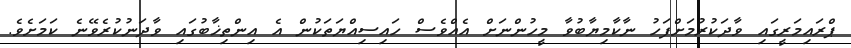
ޕްރައިމަރީގައި ވާދަކުރުމަށްފަހު ނާކާމިޔާބުވާ މީހުންނަށް އެއްވެސް ހައިިސިއްޔަތަކުން އެ އިންތިޚާބުގައި ވާދަނުކުރެވޭނެ ކަމަށެވެ.